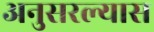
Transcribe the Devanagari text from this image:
अनुसरल्यास